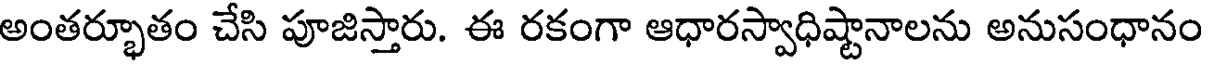
అంతర్భూతం చేసి పూజిస్తారు. ఈ రకంగా ఆధారస్వాధిష్టానాలను అనుసంధానం